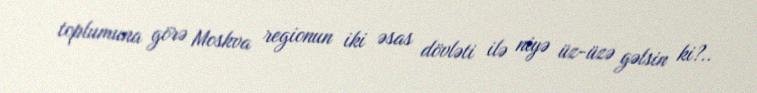
toplumuna görə Moskva regionun iki əsas dövləti ilə niyə üz-üzə gəlsin ki?..